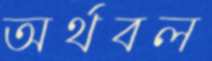
অর্থবল